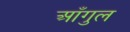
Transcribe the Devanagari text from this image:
आँगुल